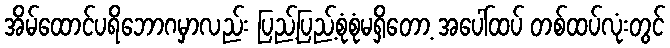
အိမ်ထောင်ပရိဘောဂမှာလည်း ပြည့်ပြည့်စုံစုံမရှိတော့ အပေါ်ထပ် တစ်ထပ်လုံးတွင်